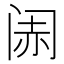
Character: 𬮨